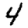
Digit: 4